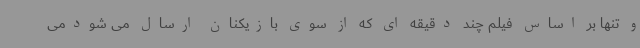
و تنها بر اساس فیلم چند دقیقه ای که از سوی بازیکنان ارسال می شودمی